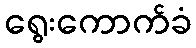
ရွေးကောက်ခံ